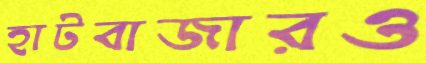
হাটবাজারও